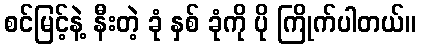
စင်မြင့်နဲ့ နီးတဲ့ ခုံ နှစ် ခုံကို ပို ကြိုက်ပါတယ်။